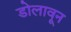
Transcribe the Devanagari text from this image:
डोलावून